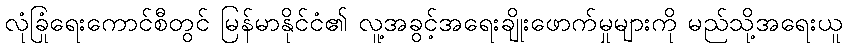
လုံခြုံရေးကောင်စီတွင် မြန်မာနိုင်ငံ၏ လူ့အခွင့်အရေးချိုးဖောက်မှုများကို မည်သို့အရေးယူ